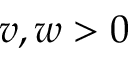
v , w > 0